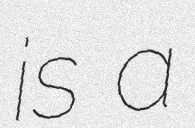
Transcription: is a